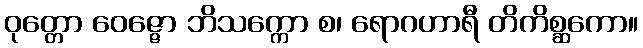
ဝုတ္တော ဝေဇ္ဇော ဘိသက္ကော စ၊ ရောဂဟာရီ တိကိစ္ဆကော။